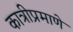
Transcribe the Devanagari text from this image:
कात्रीप्रमाणे